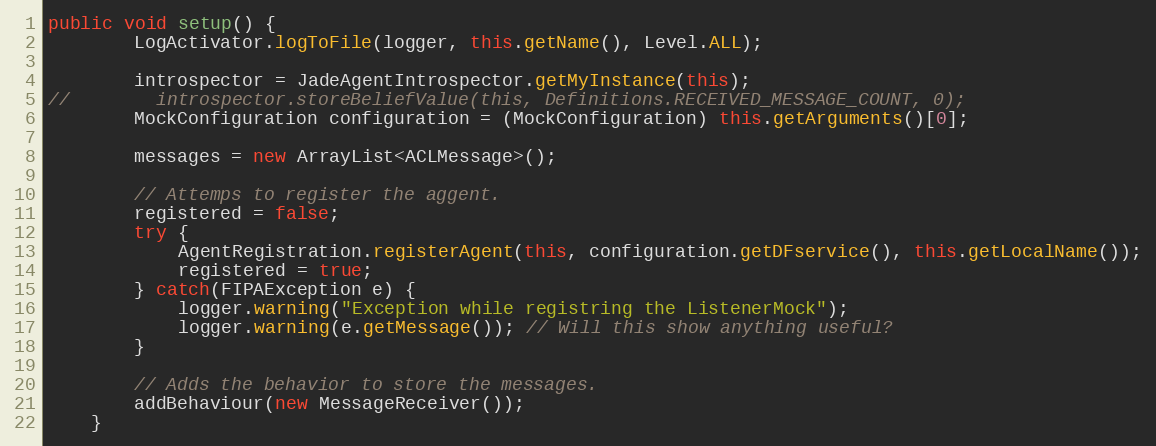
Language: Java
public void setup() {
        LogActivator.logToFile(logger, this.getName(), Level.ALL);

        introspector = JadeAgentIntrospector.getMyInstance(this);
//        introspector.storeBeliefValue(this, Definitions.RECEIVED_MESSAGE_COUNT, 0);
        MockConfiguration configuration = (MockConfiguration) this.getArguments()[0];

        messages = new ArrayList<ACLMessage>();

        // Attemps to register the aggent.
        registered = false;
        try {
            AgentRegistration.registerAgent(this, configuration.getDFservice(), this.getLocalName());
            registered = true;
        } catch(FIPAException e) {
            logger.warning("Exception while registring the ListenerMock");
            logger.warning(e.getMessage()); // Will this show anything useful?
        }

        // Adds the behavior to store the messages.
        addBehaviour(new MessageReceiver());
    }